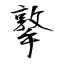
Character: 撉